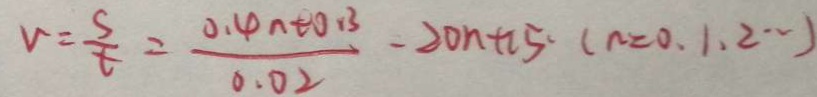
v = \frac { s } { t } = \frac { 0 . 4 n + 0 . 3 } { 0 . 0 2 } - 2 0 n + 2 5 ( n = 0 , 1 , 2 \cdots )